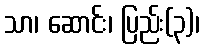
သာ၊ ဆောင်း၊ ပြည်း(၃)၊